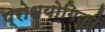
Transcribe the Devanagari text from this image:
प्रोधयोगिकी